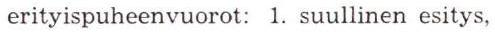
erityispuheenvuorot: 1. suullinen esitys,